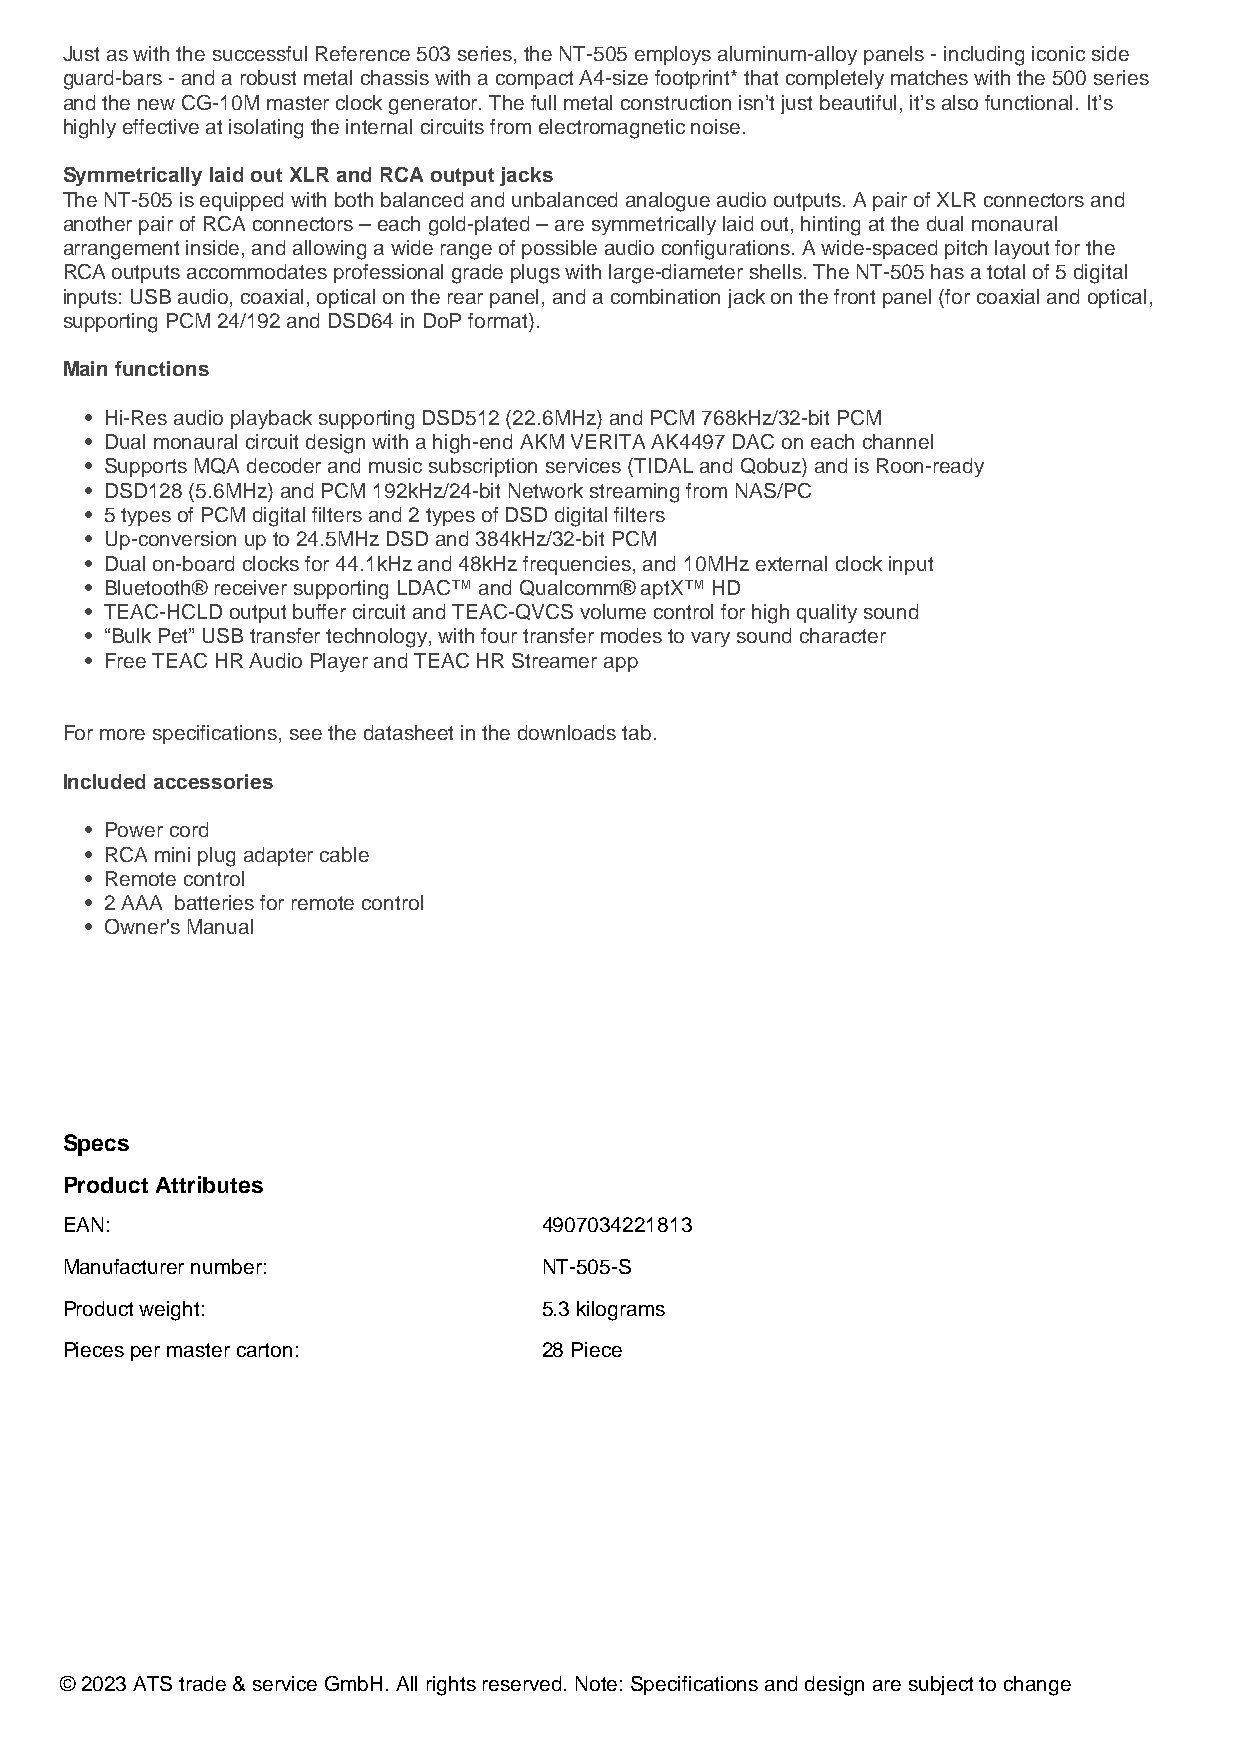
Just as with the successful Reference 503 series, the NT-505 employs aluminum-alloy panels - including iconic side
 guard-bars - and a robust metal chassis with a compact A4-size footprint* that completely matches with the 500 series
 and the new CG-10M master clock generator. The full metal construction isn’t just beautiful, it’s also functional. It’s
 highly effective at isolating the internal circuits from electromagnetic noise.
 Symmetrically laid out XLR and RCA output jacks
 The NT-505 is equipped with both balanced and unbalanced analogue audio outputs. A pair of XLR connectors and
 another pair of RCA connectors – each gold-plated – are symmetrically laid out, hinting at the dual monaural
 arrangement inside, and allowing a wide range of possible audio configurations. A wide-spaced pitch layout for the
 RCA outputs accommodates professional grade plugs with large-diameter shells. The NT-505 has a total of 5 digital
 inputs: USB audio, coaxial, optical on the rear panel, and a combination jack on the front panel (for coaxial and optical,
 supporting PCM 24/192 and DSD64 in DoP format).
 Main functions
 • Hi-Res audio playback supporting DSD512 (22.6MHz) and PCM 768kHz/32-bit PCM
 • Dual monaural circuit design with a high-end AKM VERITA AK4497 DAC on each channel
 • Supports MQA decoder and music subscription services (TIDAL and Qobuz) and is Roon-ready
 • DSD128 (5.6MHz) and PCM 192kHz/24-bit Network streaming from NAS/PC
 • 5 types of PCM digital filters and 2 types of DSD digital filters
 • Up-conversion up to 24.5MHz DSD and 384kHz/32-bit PCM
 • Dual on-board clocks for 44.1kHz and 48kHz frequencies, and 10MHz external clock input
 • Bluetooth® receiver supporting LDAC™ and Qualcomm® aptX™ HD
 • TEAC-HCLD output buffer circuit and TEAC-QVCS volume control for high quality sound
 • “Bulk Pet” USB transfer technology, with four transfer modes to vary sound character
 • Free TEAC HR Audio Player and TEAC HR Streamer app
 For more specifications, see the datasheet in the downloads tab.
 Included accessories
 • Power cord
 • RCA mini plug adapter cable
 • Remote control
 • 2 AAA batteries for remote control
 • Owner's Manual
 Specs
 Product Attributes
 EAN:                            4907034221813
 Manufacturer number:            NT-505-S
 Product weight:                 5.3 kilograms
 Pieces per master carton:       28 Piece
 © 2023 ATS trade & service GmbH. All rights reserved. Note: Specifications and design are subject to change